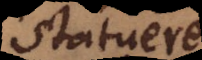
statuere.